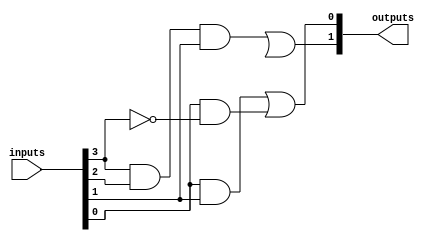
module PAL #(
    parameter N = 4,  // Number of inputs
    parameter M = 2,  // Number of outputs
    parameter P = 3   // Number of product terms in AND array
) (
    input  [N-1:0] inputs,  // Input lines
    output [M-1:0] outputs   // Output lines
);

// Programmable AND array
wire [P-1:0] and_out [M-1:0];  // AND outputs for each product term

// Example programming of AND gates (each AND gate can take any input combination)
// Each AND gate's inputs can be direct or inverted
assign and_out[0] = {inputs[3] & inputs[2] & inputs[1],  // AND gate 1
                     inputs[0] & inputs[1]};
assign and_out[1] = {~inputs[1] & inputs[2],             // AND gate 2
                     inputs[0] & ~inputs[3]};
assign and_out[2] = {inputs[1] & ~inputs[2] & inputs[3]}; // AND gate 3

// OR array (fixed)
assign outputs[0] = and_out[0][0] | and_out[1][0]; // Output 1 = OR of product terms
assign outputs[1] = and_out[0][1] | and_out[2][0]; // Output 2 = OR of product terms

endmodule